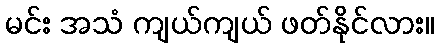
မင်း အသံ ကျယ်ကျယ် ဖတ်နိုင်လား။